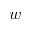
w